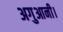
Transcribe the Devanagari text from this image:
अगुआनी।